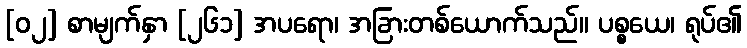
[၀၂] စာမျက်နှာ [၂၆၁] အပရော၊ အခြားတစ်ယောက်သည်။ ပစ္စယေ၊ ရုပ်၏